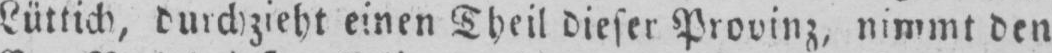
Lüttich, durchzieht einen Theil dieser Provinz, nimmt den